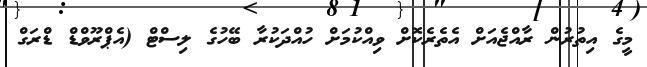
މީގެ އިތުރުން ރާއްޖެއަށް އެތެރެކޮށް ވިއްކުމަށް ހުއްދަކުރާ ބޭހުގެ ލިސްޓް (އެޕްރޫވްޑް ޑްރަގް